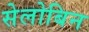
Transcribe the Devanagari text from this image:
सेलोबिन